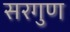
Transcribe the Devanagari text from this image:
सरगुण